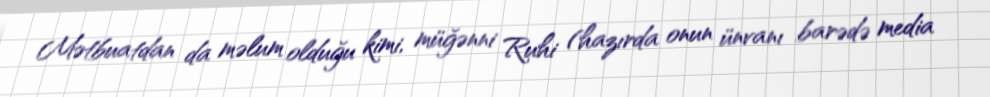
Mətbuatdan da məlum olduğu kimi, müğənni Ruhi (hazırda onun ünvanı barədə media